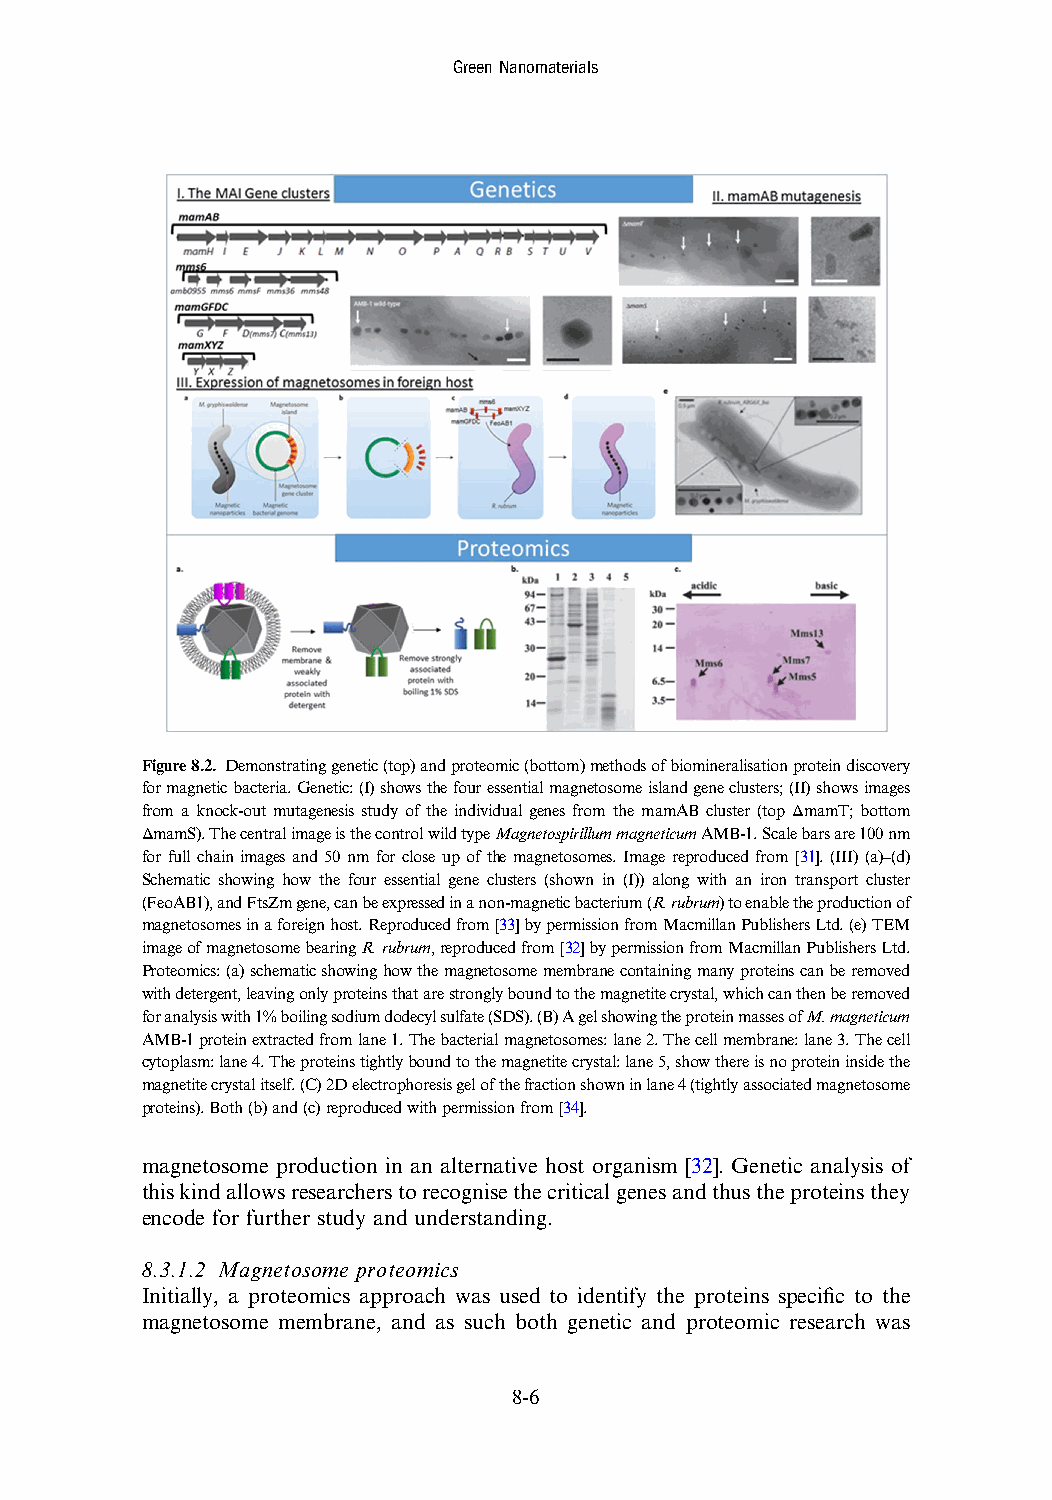
GreenNanomaterials
 Figure8.2. Demonstratinggenetic(top)andproteomic(bottom)methodsofbiomineralisationproteindiscovery
 formagneticbacteria.Genetic:(I)showsthefouressentialmagnetosomeislandgeneclusters;(II)showsimages
 from a knock-out mutagenesis study of the individual genes from the mamAB cluster (top ΔmamT; bottom
 ΔmamS).ThecentralimageisthecontrolwildtypeMagnetospirillummagneticumAMB-1.Scalebarsare100nm
 for full chain images and 50 nm for close up of the magnetosomes. Image reproduced from [31]. (III) (a)–(d)
 Schematic showing how the four essential gene clusters (shown in (I)) along with an iron transport cluster
 (FeoAB1),andFtsZmgene,canbeexpressedinanon-magneticbacterium(R.rubrum)toenabletheproductionof
 magnetosomesinaforeignhost.Reproducedfrom[33]bypermissionfromMacmillanPublishersLtd.(e)TEM
 imageofmagnetosomebearingR.rubrum,reproducedfrom[32]bypermissionfromMacmillanPublishersLtd.
 Proteomics:(a)schematicshowinghowthemagnetosomemembranecontainingmanyproteinscanberemoved
 withdetergent,leavingonlyproteinsthatarestronglyboundtothemagnetitecrystal,whichcanthenberemoved
 foranalysiswith1%boilingsodiumdodecylsulfate(SDS).(B)AgelshowingtheproteinmassesofM.magneticum
 AMB-1proteinextractedfromlane1.Thebacterialmagnetosomes:lane2.Thecellmembrane:lane3.Thecell
 cytoplasm:lane4.Theproteinstightlyboundtothemagnetitecrystal:lane5,showthereisnoproteininsidethe
 magnetitecrystalitself.(C)2Delectrophoresisgelofthefractionshowninlane4(tightlyassociatedmagnetosome
 proteins).Both(b)and(c)reproducedwithpermissionfrom[34].
 magnetosome production in an alternative host organism [32]. Genetic analysis of
 thiskindallowsresearcherstorecognisethecriticalgenesandthustheproteinsthey
 encode for further study and understanding.
 8.3.1.2 Magnetosome proteomics
 Initially, a proteomics approach was used to identify the proteins specific to the
 magnetosome membrane, and as such both genetic and proteomic research was
 8-6